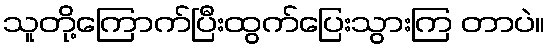
သူတို့ကြောက်ပြီးထွက်ပြေးသွားကြ တာပဲ။